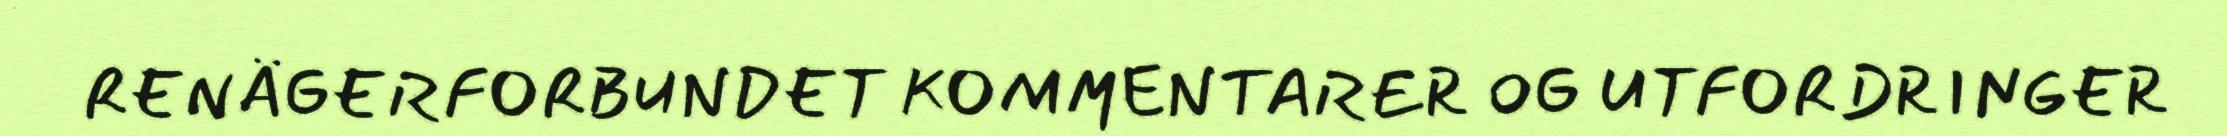
RENÄGERFORBUNDET KOMMENTARER OG UTFORDRINGER